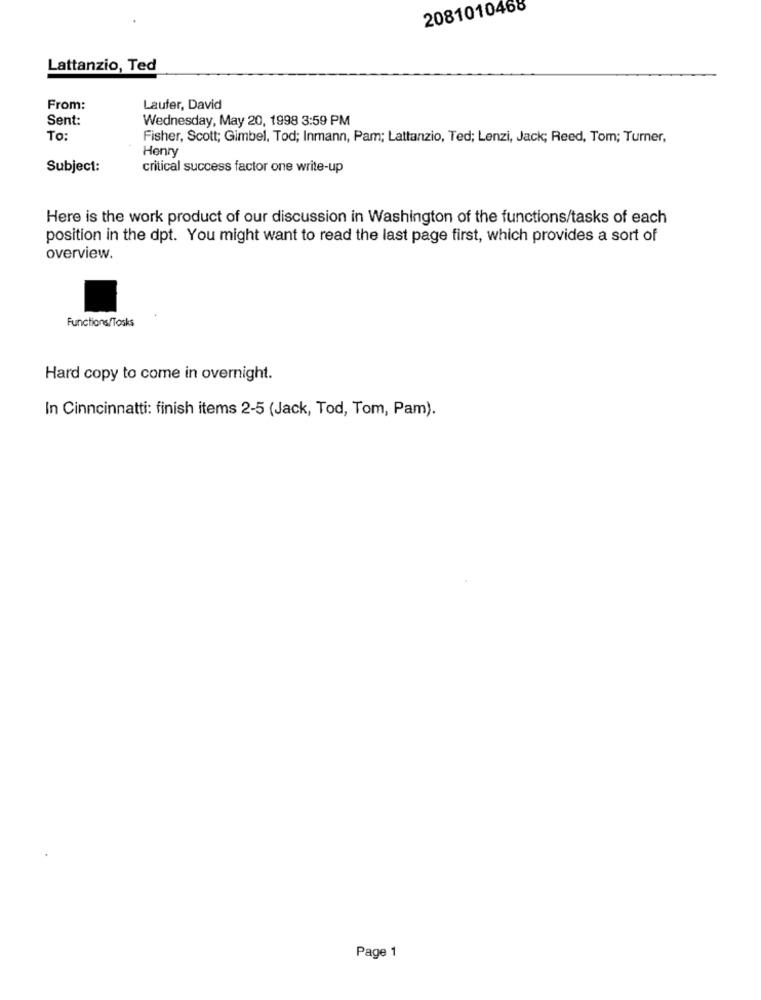
2081010468
Lattanzio, Ted
From:
Laufer, David
Sent:
Wednesday, May 20, 1998 3:59 PM
To:
Fisher, Scott; Gimbel, Tod; Inmann, Pam; Lattanzio, Ted; Lenzi, Jack; Reed, Tom; Turner,
Henry
Subject:
critical success factor one write-up
Here is the work product of our discussion in Washington of the functions/tasks of each
position in the dpt. You might want to read the last page first, which provides a sort of
overview.
Functions/Tosks
Hard copy to come in overnight.
In Cinncinnatti: finish items 2-5 (Jack, Tod, Tom, Pam).
Page 1